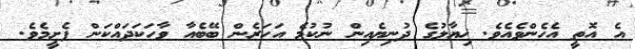
އެ އޮތީ އެހެންވެއެވެ. ޚިޔާލުގެ ދުނިޔެއިން ނުކުމެ އަހަރެން ބޭބެއާ ވާހަކަދައްކަން ފެށީމެވެ.